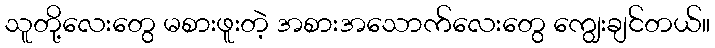
သူတို့လေးတွေ မစားဖူးတဲ့ အစားအသောက်လေးတွေ ကျွေးချင်တယ်။